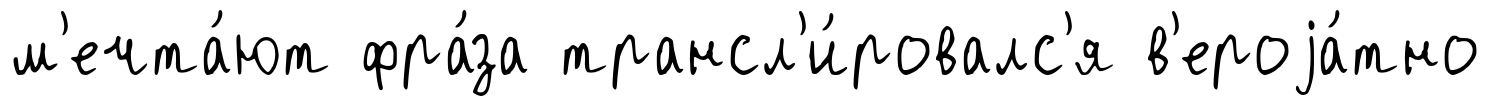
м'ечта́ют фра́за трансл'и́ровалс'я в'ероjа́тно